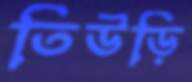
তিউড়ি